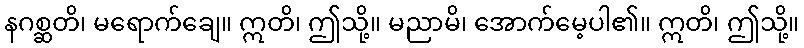
နဂစ္ဆတိ၊ မရောက်ချေ။ ဣတိ၊ ဤသို့။ မညာမိ၊ အောက်မေ့ပါ၏။ ဣတိ၊ ဤသို့။